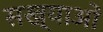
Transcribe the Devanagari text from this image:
सख्याओं